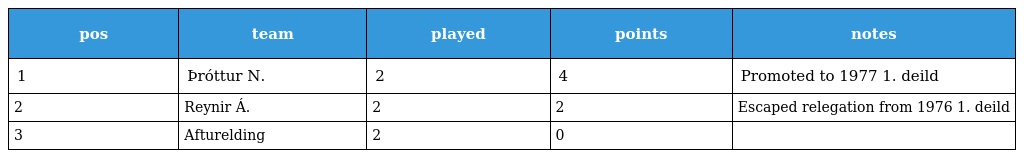
| pos | team | played | points | notes |
 | --- | --- | --- | --- | --- |
 | 1 | Þróttur N. | 2 | 4 | Promoted to 1977 1. deild |
 | 2 | Reynir Á. | 2 | 2 | Escaped relegation from 1976 1. deild |
 | 3 | Afturelding | 2 | 0 |  |